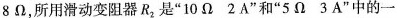
8Ω，所用滑动变阻器R，是”10Ω2A”和”5Ω3A”中的一